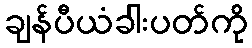
ချန်ပီယံခါးပတ်ကို